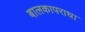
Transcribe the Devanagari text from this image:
बालकापराधा